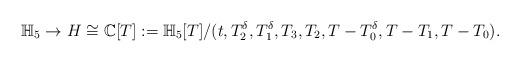
LaTeX: \begin{align*}\mathbb{H}_5 \rightarrow H\cong \mathbb{C}[T]:= \mathbb{H}_5[T]/(t,T^{\delta}_2, T^{\delta}_1, T_3, T_2, T-T_0^{\delta}, T-T_1, T-T_0).\end{align*}